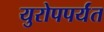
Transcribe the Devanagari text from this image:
युरोपपर्यंत